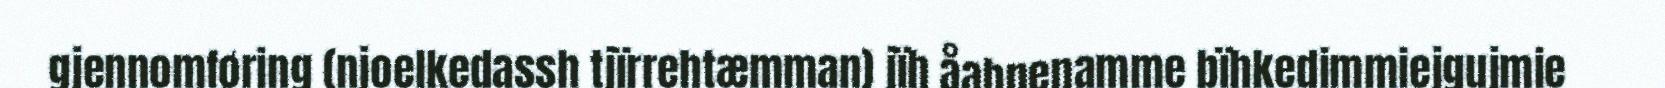
gjennomføring (njoelkedassh tjïrrehtæmman) jïh åahpenamme bïhkedimmiejgujmie